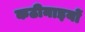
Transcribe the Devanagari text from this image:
कठीनाइयों